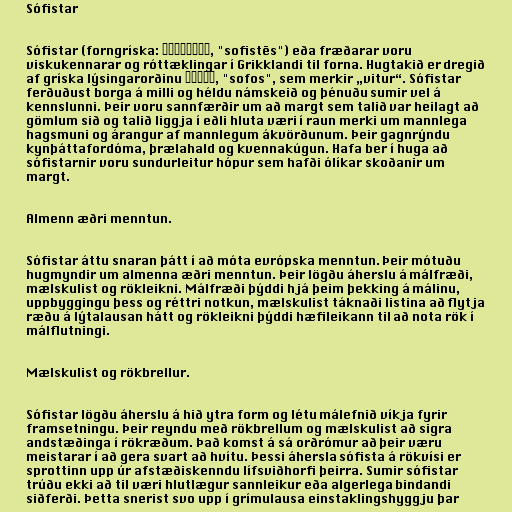
Sófistar

Sófistar (forngríska: σοφιστής, "sofistēs") eða fræðarar voru
viskukennarar og róttæklingar í Grikklandi til forna. Hugtakið er dregið
af gríska lýsingarorðinu σοφός, "sofos", sem merkir „vitur“. Sófistar
ferðuðust borga á milli og héldu námskeið og þénuðu sumir vel á
kennslunni. Þeir voru sannfærðir um að margt sem talið var heilagt að
gömlum sið og talið liggja í eðli hluta væri í raun merki um mannlega
hagsmuni og árangur af mannlegum ákvörðunum. Þeir gagnrýndu
kynþáttafordóma, þrælahald og kvennakúgun. Hafa ber í huga að
sófistarnir voru sundurleitur hópur sem hafði ólíkar skoðanir um
margt.

Almenn æðri menntun.

Sófistar áttu snaran þátt í að móta evrópska menntun. Þeir mótuðu
hugmyndir um almenna æðri menntun. Þeir lögðu áherslu á málfræði,
mælskulist og rökleikni. Málfræði þýddi hjá þeim þekking á málinu,
uppbyggingu þess og réttri notkun, mælskulist táknaði listina að flytja
ræðu á lýtalausan hátt og rökleikni þýddi hæfileikann til að nota rök í
málflutningi.

Mælskulist og rökbrellur.

Sófistar lögðu áherslu á hið ytra form og létu málefnið víkja fyrir
framsetningu. Þeir reyndu með rökbrellum og mælskulist að sigra
andstæðinga í rökræðum. Það komst á sá orðrómur að þeir væru
meistarar í að gera svart að hvítu. Þessi áhersla sófista á rökvísi er
sprottinn upp úr afstæðiskenndu lífsviðhorfi þeirra. Sumir sófistar
trúðu ekki að til væri hlutlægur sannleikur eða algerlega bindandi
siðferði. Þetta snerist svo upp í grímulausa einstaklingshyggju þar